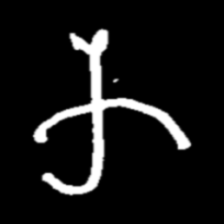
Pyu character \u2014 Myanmar letter: က (romanized: ka)